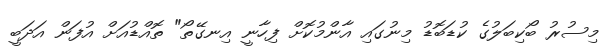
މިސުރު ބޯކިބަލުގެ ކުޑަބޮޑު މިނުގައި އާންމުކޮށް ފިހާނީ އިނގޭތޯ" ތޮއްޑުއަށް އުފަން އަދަބީ